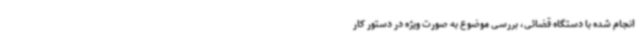
انجام شده با دستگاه قضائی، بررسی موضوع به صورت ویژه در دستور کار